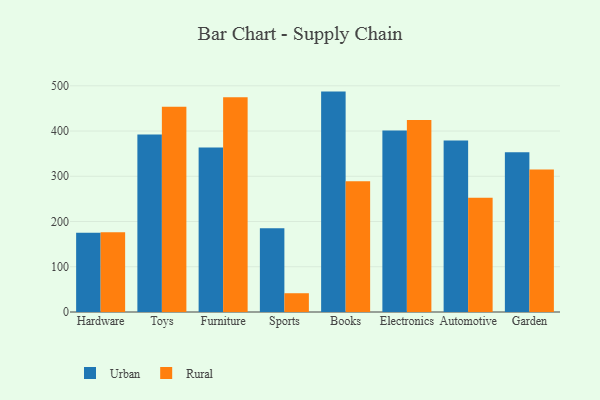
{"axis": {"x": "Category", "y": "LTV (USD)"}, "legend": ["Rural", "Urban"], "data": [{"x": "Hardware", "y": 175.4, "type": "Urban"}, {"x": "Hardware", "y": 176.4, "type": "Rural"}, {"x": "Toys", "y": 392.2, "type": "Urban"}, {"x": "Toys", "y": 453.8, "type": "Rural"}, {"x": "Furniture", "y": 363.6, "type": "Urban"}, {"x": "Furniture", "y": 474.6, "type": "Rural"}, {"x": "Sports", "y": 185.4, "type": "Urban"}, {"x": "Sports", "y": 41.5, "type": "Rural"}, {"x": "Books", "y": 487.2, "type": "Urban"}, {"x": "Books", "y": 288.8, "type": "Rural"}, {"x": "Electronics", "y": 401.0, "type": "Urban"}, {"x": "Electronics", "y": 424.2, "type": "Rural"}, {"x": "Automotive", "y": 379.1, "type": "Urban"}, {"x": "Automotive", "y": 252.8, "type": "Rural"}, {"x": "Garden", "y": 353.2, "type": "Urban"}, {"x": "Garden", "y": 315.0, "type": "Rural"}]}